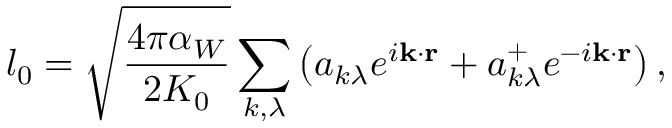
l _ { 0 } = \sqrt { \frac { 4 \pi \alpha _ { W } } { 2 K _ { 0 } } } \sum _ { k , \lambda } \left( a _ { k \lambda } e ^ { i { \bf k \cdot r } } + a _ { k \lambda } ^ { + } e ^ { - i { \bf k \cdot r } } \right) ,